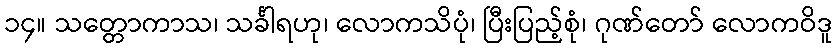
၁၄။ သတ္တောကာသ၊ သင်္ခါရဟု၊ လောကသိပုံ၊ ပြီးပြည့်စုံ၊ ဂုဏ်တော် လောကဝိဒူ